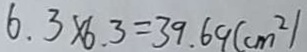
6 . 3 \times 6 . 3 = 3 9 . 6 9 ( c m ^ { 2 } )